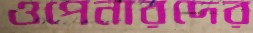
ওপেনারদের